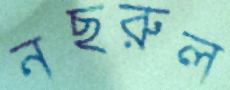
নছরুল